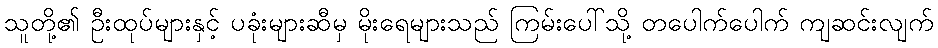
သူတို့၏ ဦးထုပ်များနှင့် ပခုံးများဆီမှ မိုးရေများသည် ကြမ်းပေါ်သို့ တပေါက်ပေါက် ကျဆင်းလျက်